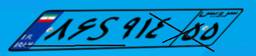
۸۶S۹۱۴۵۵